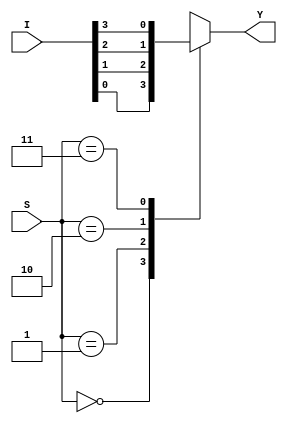
// This program was cloned from: https://github.com/paollacq/Verilog
// License: MIT License

/**************************************************
P1.1 4:1 MULTIPLEXER BEHAVIORAL
************************************************/

module mux_2_1_df(Y,I,S);

	input [3:0]I;
	input [1:0]S;
	output reg Y;

	always@(*)
	case(S)
		2'd0: Y=I[0];
		2'd1: Y=I[1];
		2'd2: Y=I[2];
		2'd3: Y=I[3];
		default:$display("error");
	endcase

endmodule